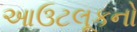
આઉટલૂકનો